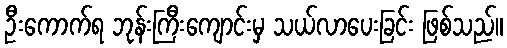
ဦးကောက်ရ ဘုန်းကြီးကျောင်းမှ သယ်လာပေးခြင်း ဖြစ်သည်။